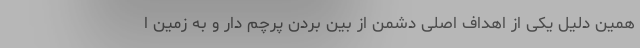
همین دلیل یکی از اهداف اصلی دشمن از بین بردن پرچم دار و به زمین ا